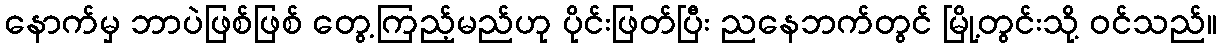
နောက်မှ ဘာပဲဖြစ်ဖြစ် တွေ့ကြည့်မည်ဟု ပိုင်းဖြတ်ပြီး ညနေဘက်တွင် မြို့တွင်းသို့ ဝင်သည်။